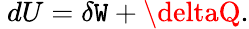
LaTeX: ~dU=\delta\mathtt{W}+\deltaQ.